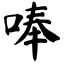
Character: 唪